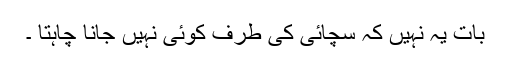
بات یہ نہیں کہ سچائی کی طرف کوئی نہیں جانا چاہتا ۔